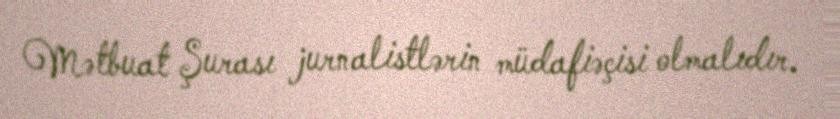
Mətbuat Şurası jurnalistlərin müdafiəçisi olmalıdır.